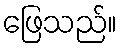
ဖြေသည်။